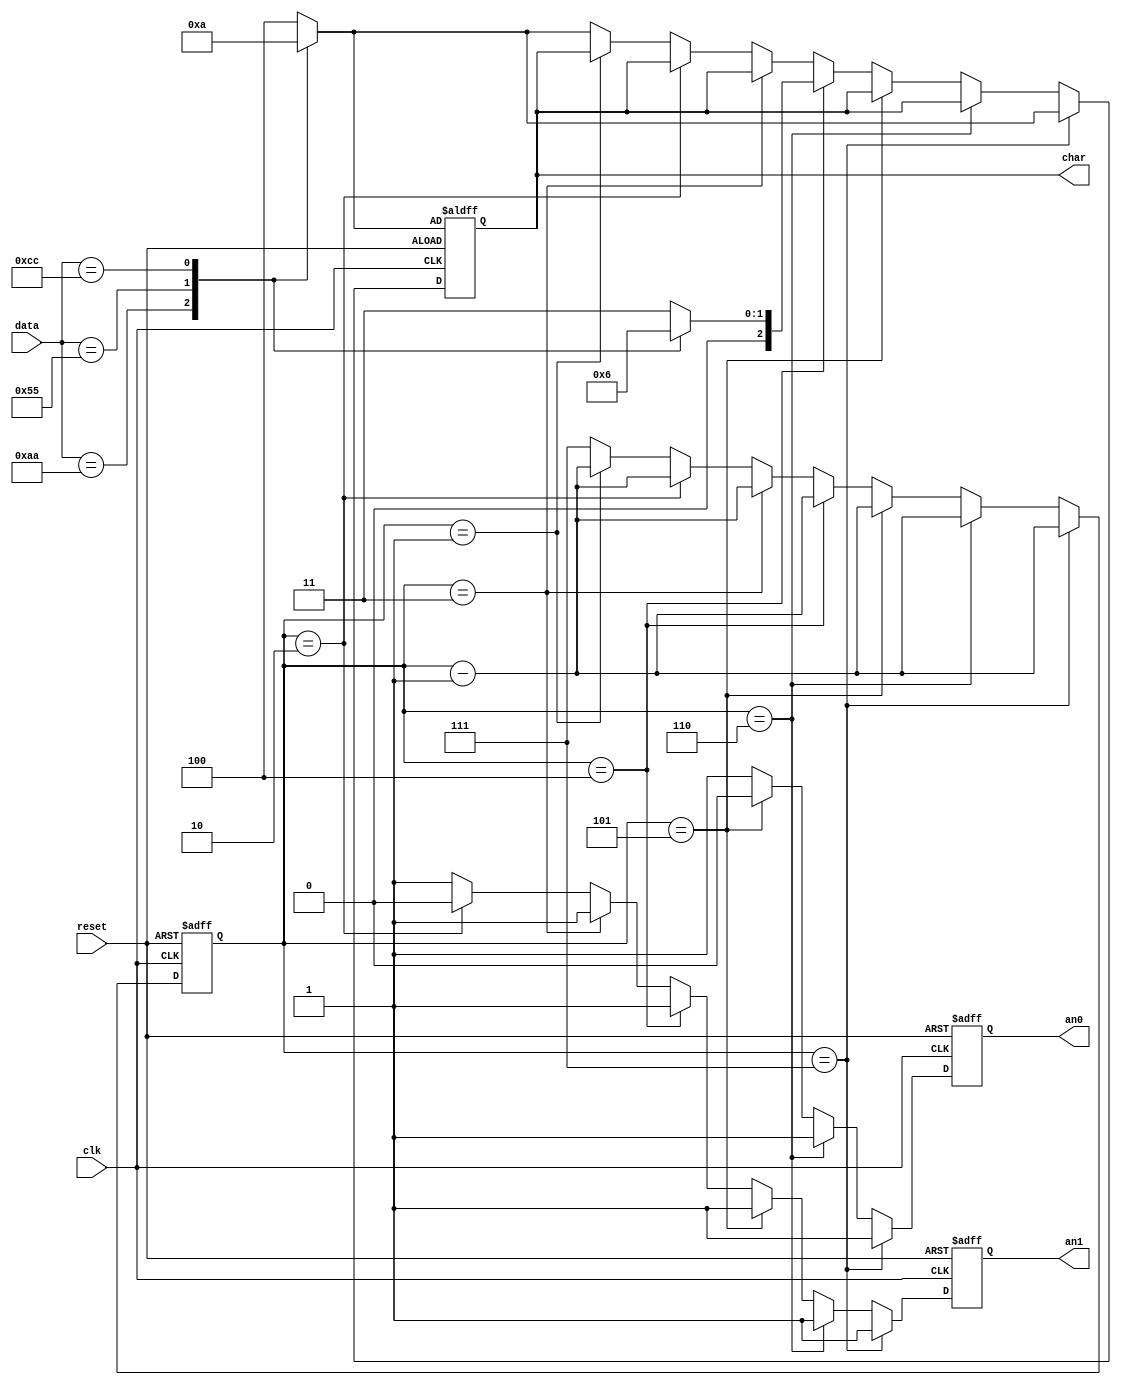
`timescale 1ns / 1ps
//////////////////////////////////////////////////////////////////////////////////
// Company: University of Thessaly
// Engineer: 
// 
// Design Name: 
// Module Name:    DigitLoader 
// Project Name: 
// Target Devices: 
// Tool versions: 
// Description: 
//
// Dependencies: 
//
// Revision: 
// Revision 0.01 - File Created
// Additional Comments: 
//
//////////////////////////////////////////////////////////////////////////////////
module DigitLoader(clk, reset, data, an1, an0, char);

input clk, reset;
input [7:0] data;
output an1, an0;

output [2:0] char;
reg an1, an0;
reg [2:0] char;
reg [2:0] char0;
reg [2:0] char1;
reg [2:0] counter;

always @(data)
begin
	case (data)
		8'b10101010:
		begin
			char0 = 3'b000;
			char1 = 3'b000;
		end
		8'b01010101:
		begin
			char0 = 3'b001;
			char1 = 3'b001;
		end
		8'b11001100:
		begin
			char0 = 3'b010;
			char1 = 3'b010;
		end
		default:					//10001001
		begin
			char0 = 3'b100;
			char1 = 3'b011;
		end
	endcase
end

always @(posedge clk or posedge reset)
begin
	/*case (data)
		8'b10101010:
		begin
			char0 = 3'b000;
			char1 = 3'b000;
		end
		8'b01010101:
		begin
			char0 = 3'b001;
			char1 = 3'b001;
		end
		8'b11001100:
		begin
			char0 = 3'b010;
			char1 = 3'b010;
		end
		8'b10001001:
		begin
			char0 = 3'b011;
			char1 = 3'b100;
		end
	endcase*/
	if(reset)
	begin 
		an1 = 1'b1;
		an0 = 1'b1;
		counter = 3'b111;
		char = char0;
	end
	else if (counter == 3'b111)		 			//checks if counter is 1111 -> no led can light			
	begin
		an1 = 1'b1;
		an0 = 1'b1;
		char = char0;						//char is 0000 to show number 0 when an3 is on, in 1 circle
		counter = counter - 3'b001;
	end
	else if (counter == 3'b110)			// checks if counter is 1110 -> an3 is on
	begin
		an1 = 1'b1;
		an0 = 1'b1;
		counter = counter - 3'b001;
	end
	else if (counter == 3'b101)			//checks if counter is 1101 -> no led can light
	begin
		an1 = 1'b1;
		an0 = 1'b0;
		counter = counter - 3'b001;
	end
	else if (counter == 3'b100)			//checks if counter is 1100 -> no led can light
	begin
		an1 = 1'b1;
		an0 = 1'b1;
		char = char1;						//char is 0001 ready to show number 1 in 2 circles, when an2 is on
		counter = counter - 3'b001;
	end
	else if (counter == 3'b011)			//checks if counter is 1011 -> no led is on
	begin
		an1 = 1'b1;
		an0 = 1'b1;
		counter = counter - 3'b001;
	end
	else if (counter == 3'b010)			//checks if counter is 1010 -> an2 is on
	begin
		an1 = 1'b0;
		an0 = 1'b1;
		counter = counter - 3'b001;
	end
	else if (counter == 3'b001)			//checks if counter is 1001 -> no led can light
	begin
		an1 = 1'b1;
		an0 = 1'b1;
		counter = counter - 3'b001;
	end
	else// if (counter == 3'b000)			//checks if counter is 1000 -> no led can light
	begin
		an1 = 1'b1;
		an0 = 1'b1;
		char = char0;						//char is ready to show number 2 in 2 circles, when an1 is on
		counter = 3'b111;
	end
end



endmodule